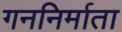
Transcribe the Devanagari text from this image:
गननिर्माता